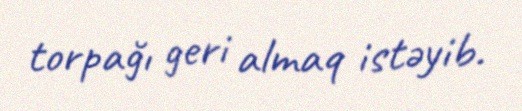
torpağı geri almaq istəyib.